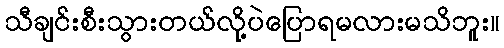
သီချင်းစီးသွားတယ်လို့ပဲပြောရမလားမသိဘူး။